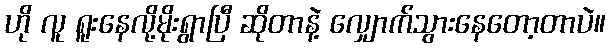
ဟို လူ ရူးနေလို့မိုးရွာပြီ ဆိုတာနဲ့ လျှောက်သွားနေတော့တာပဲ။